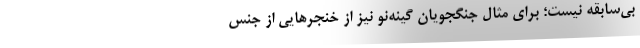
بی‌سابقه نیست؛ برای مثال جنگجویان گینه‌نو نیز از خنجرهایی از جنس